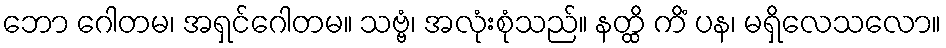
ဘော ဂေါတမ၊ အရှင်ဂေါတမ။ သဗ္ဗံ၊ အလုံးစုံသည်။ နတ္ထိ ကိံ ပန၊ မရှိလေသလော။